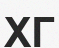
ХГ